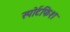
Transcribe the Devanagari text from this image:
स्पोर्टफिश